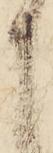
申